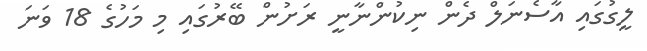
ލީގުގައި އާސެނަލް ދެން ނިކުންނާނީ ރަށުން ބޭރުގައި މި މަހުގެ 18 ވަނަ